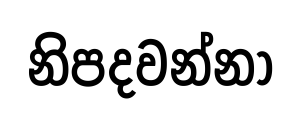
නිපදවන්නා